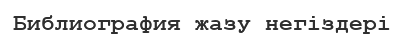
Библиография жазу негіздері